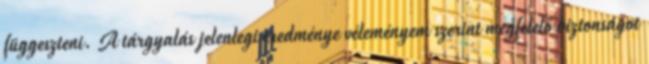
függeszteni. A tárgyalás jelenlegi eredménye véleményem szerint megfelelő biztonságot